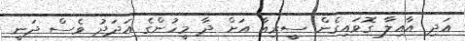
އަދި އާއިލާ ގޮވައިގެން ސީރިއާ އަށް ދާ މީހުންގެ އަދަދު ވެސް ދަނީ